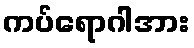
ကပ်ရောဂါအား